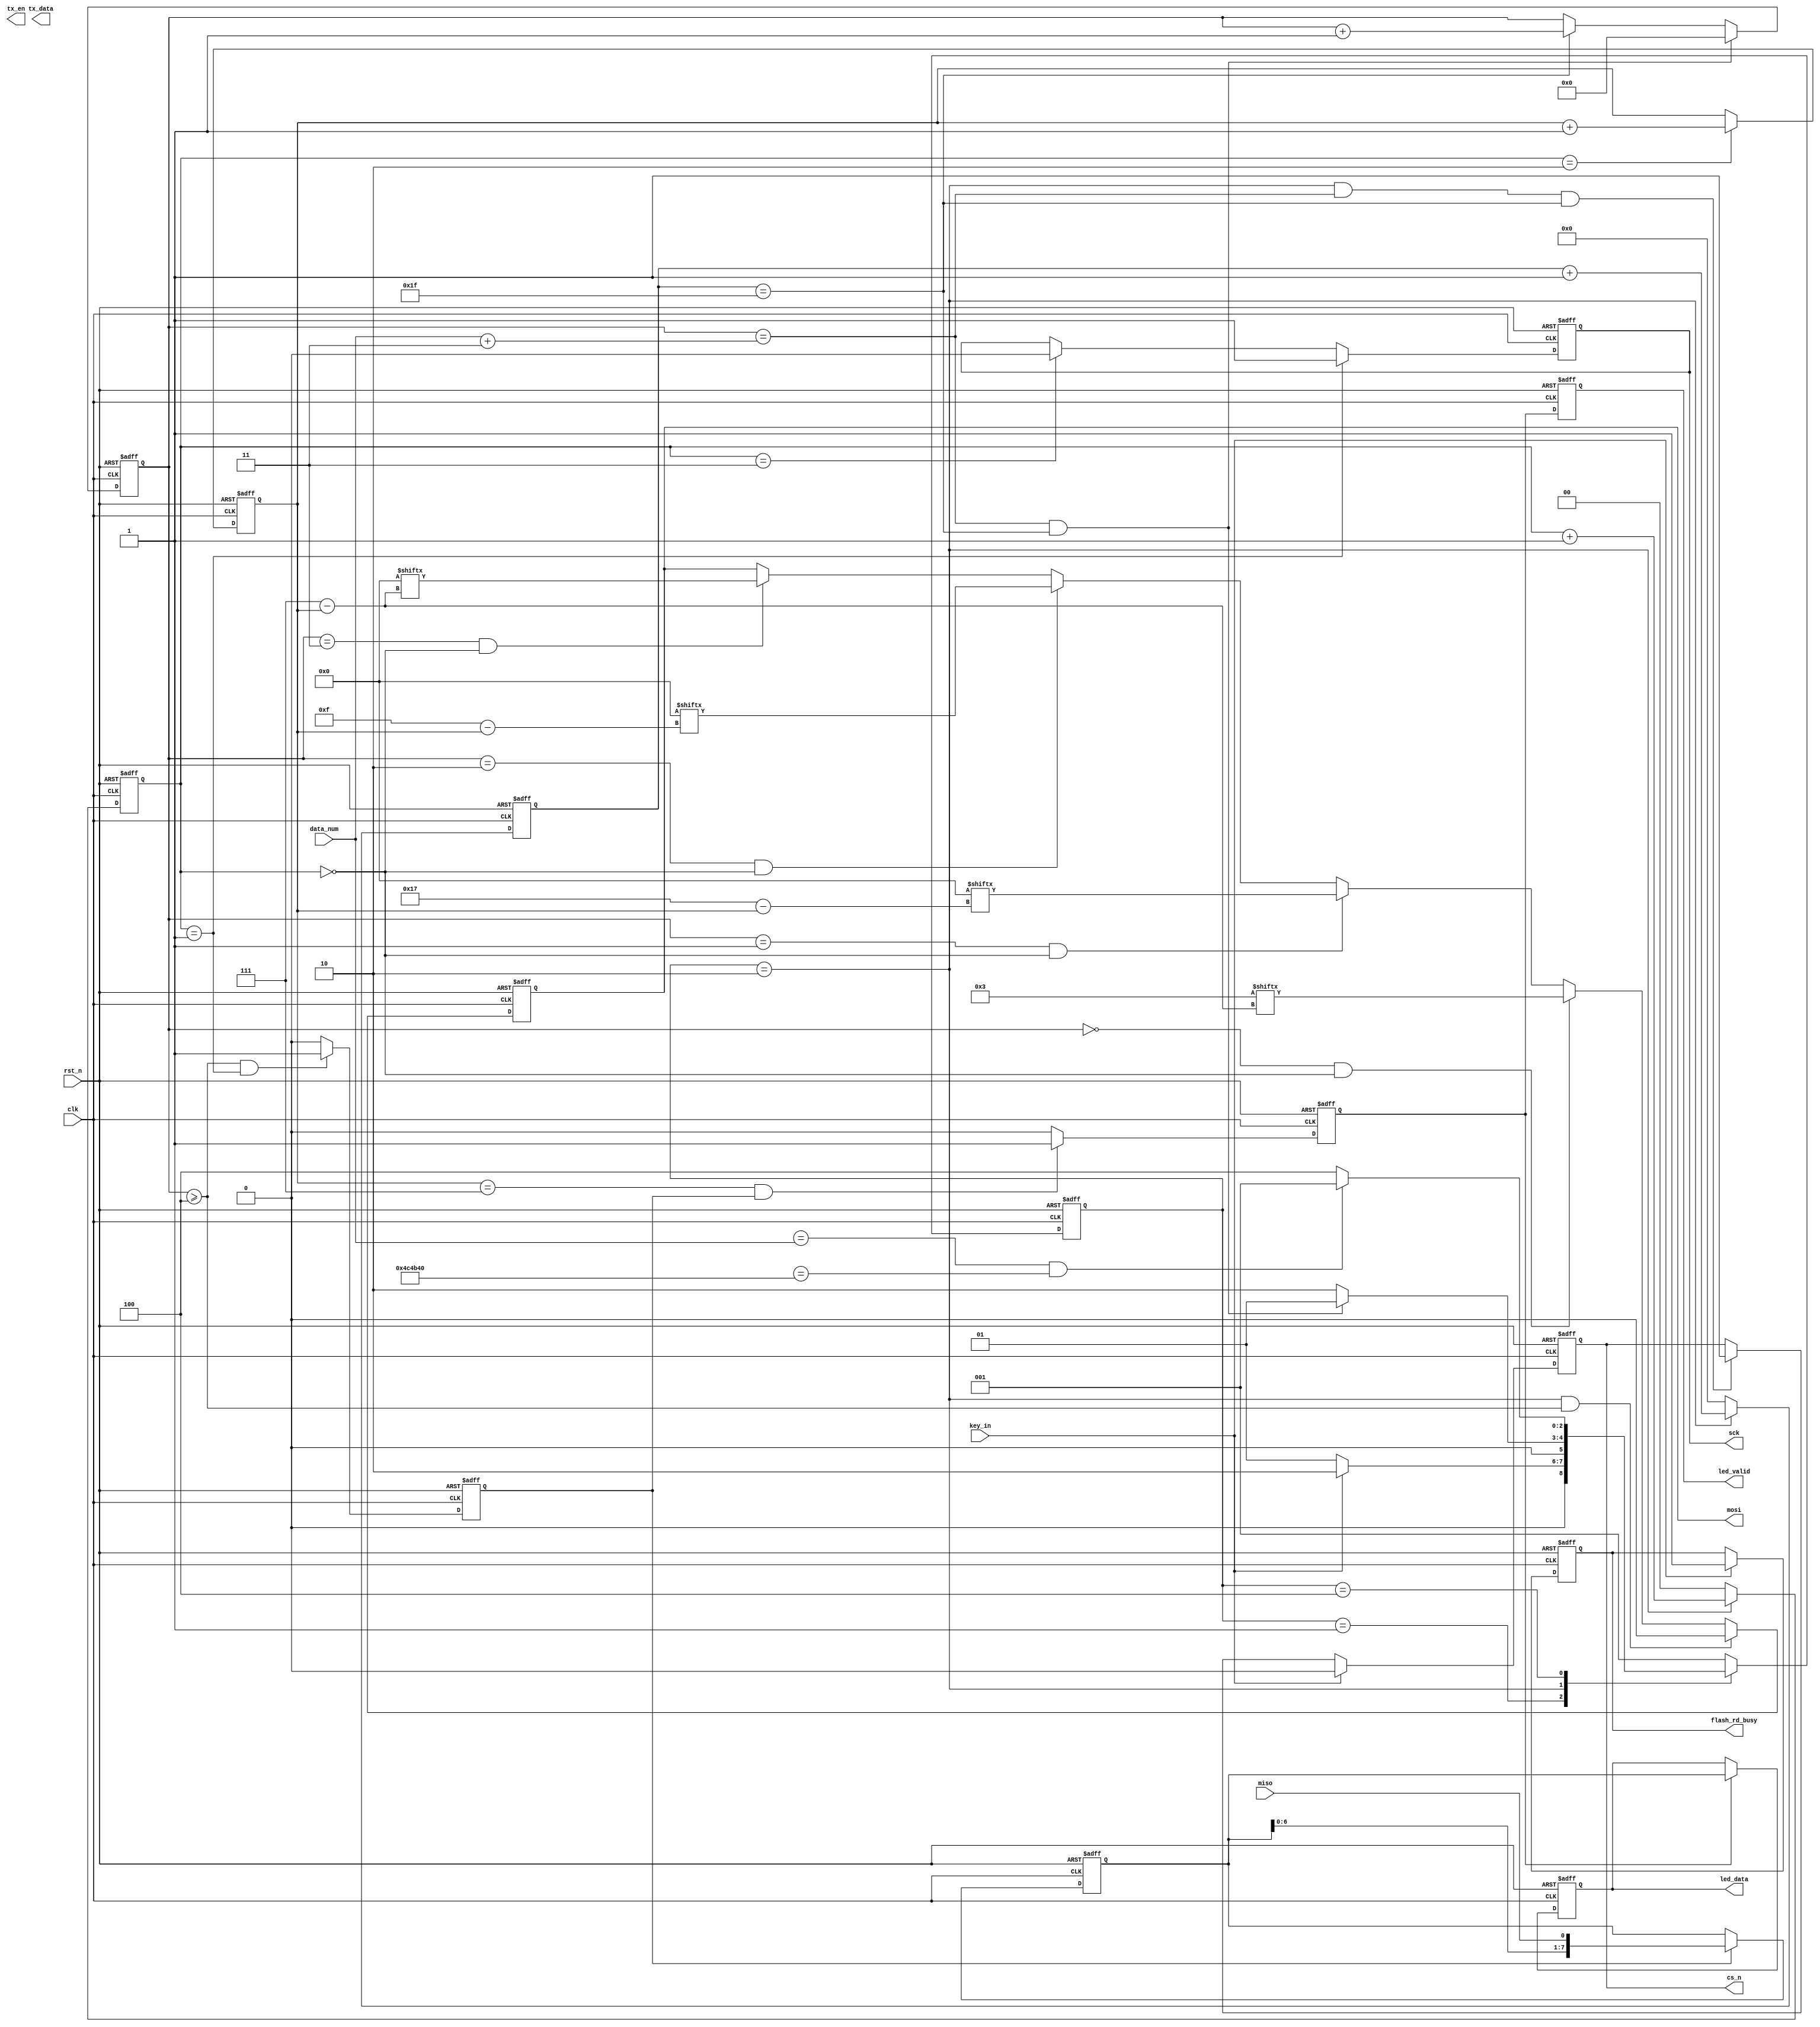

module flash_rd
#(
	parameter	WR_RD_ADDR	=	24'h00_00_00	//
)
(
	input				clk,
	input				rst_n,
	input				key_in,			//
	input				miso,			//Flash
	input		[31:0]	data_num,		//
	
	output reg			flash_rd_busy,	//flash
	output reg			cs_n,			//		
	output reg			sck,			//sck
	output reg			mosi,			//
	output reg			tx_en,			//
	output wire  [7:0] tx_data,
	output wire		led_valid,
	output wire		[7:0]	led_data//
);
localparam	IDLE	=	3'b001;			//
localparam	READ	=	3'b010;			//
localparam	SEND	=	3'b100;			//
 
localparam	READ_INST	=	8'h03;	    //
//96001bit52085208*10
localparam	WAIT_MAX_CNT=	32'd50_000_00;		
//localparam	WAIT_MAX_CNT=	32'd5000;		
 
wire	[31:0] fifo_data_num;		    //fifo
 
reg	[2:0]	curr_state;
reg	[2:0]	next_state;
reg	[4:0]	clk_cnt;			//
reg	[15:0]  byte_cnt;				//
reg	[1:0]	sck_cnt;			//sck
reg	[2:0]	bit_cnt;			//
 
reg			miso_flag;			//miso
reg	[7:0]	miso_r;				//miso
reg			wr_req_r;			//
reg			wr_req;				//
reg	[7:0]	wr_data;			//
reg			fifo_rd_valid;		//fifo
reg	[31:0]  wait_cnt;				//
reg			rd_req;				//
reg	[31:0]	rd_data_num;		//fifo
 
always @(posedge clk or negedge rst_n)
begin
	if(!rst_n)
		curr_state	<=	IDLE;
	else
		curr_state	<=	next_state;
end
 
always @(*)
begin
	next_state	=	IDLE;
	case(curr_state)
		IDLE:begin
			if(key_in)
				next_state	=	READ;
			else
				next_state	=	IDLE;
		end
		READ:begin
			if(byte_cnt == data_num + 2'd3 && clk_cnt == 5'd31)
				next_state	=	IDLE;
			else
				next_state	=	READ;
		end
		
		SEND:begin
			if(rd_data_num == data_num && wait_cnt == WAIT_MAX_CNT)
				next_state	=	IDLE;
			else
				next_state	=	SEND;	
		end
		
		default: next_state	=	IDLE;
	endcase
end
 
//clk_cnt:		
always @(posedge clk or negedge rst_n)
begin
	if(!rst_n)
		clk_cnt	<=	5'd0;
	else if(curr_state == READ)
		clk_cnt	<=	clk_cnt + 1'b1;
	else
		clk_cnt	<=	5'd0;
end
//byte_cnt:
always @(posedge clk or negedge rst_n)
begin
	if(!rst_n)
		byte_cnt	<=	16'd0;
	else if(byte_cnt == data_num + 2'd3 && clk_cnt == 5'd31)
		byte_cnt	<=	16'd0;
	else if(clk_cnt == 5'd31)
		byte_cnt	<=	byte_cnt + 1'b1;
	else
		byte_cnt	<=	byte_cnt;
end
//sck_cnt:sck
always @(posedge clk or negedge rst_n)
begin
	if(!rst_n)
		sck_cnt	<=	2'd0;
	else if(curr_state == READ)
		sck_cnt	<=	sck_cnt + 1'b1;
	else
		sck_cnt	<=	2'd0;
end
 
//bit_cnt:
always @(posedge clk or negedge rst_n)
begin
	if(!rst_n)
		bit_cnt	<=	3'd0;
	else if(sck_cnt == 2'd2)
		bit_cnt	<=	bit_cnt + 1'b1;
	else
		bit_cnt	<=	bit_cnt;
end
//cs_n:
always @(posedge clk or negedge rst_n)
begin
	if(!rst_n)
		cs_n	<=	1'b1;
	else if(key_in)
		cs_n	<=	1'b0;
	else if(curr_state == READ && byte_cnt == data_num + 2'd3 && clk_cnt == 5'd31)
		cs_n	<=	1'b1;
	else
		cs_n	<=	cs_n;
end
 
//sck:sck
always @(posedge clk or negedge rst_n)
begin
	if(!rst_n)
		sck	<=	1'b0;
	else if(sck_cnt == 2'd1)
		sck	<=	1'b1;
	else if(sck_cnt == 2'd3)
		sck	<=	1'b0;
	else
		sck	<=	sck;
end
//mosi:
always @(posedge clk or negedge rst_n)
begin
	if(!rst_n)
		mosi	<=	1'b0;
	else if(curr_state == READ && byte_cnt >= 16'd4)
		mosi	<=	1'b0;
	else if(byte_cnt == 16'd0 && sck_cnt == 2'd0)
		mosi	<=	READ_INST[7 - bit_cnt];
	else if(byte_cnt == 16'd1 && sck_cnt == 2'd0)
		mosi	<=	WR_RD_ADDR[23 - bit_cnt];
	else if(byte_cnt == 16'd2 && sck_cnt == 2'd0)
		mosi	<=	WR_RD_ADDR[15 - bit_cnt];
	else if(byte_cnt == 16'd3 && sck_cnt == 2'd0)
		mosi	<=	WR_RD_ADDR[7 - bit_cnt];
	else
		mosi	<=	mosi;
end
 
//miso_flag:miso
always @(posedge clk or negedge rst_n)
begin
	if(!rst_n)
		miso_flag	<=	1'b0;
	else if(byte_cnt >= 16'd4 && sck_cnt == 2'd1)
		miso_flag	<=	1'b1;
	else
		miso_flag	<=	1'b0;
end
//miso_r:miso
always @(posedge clk or negedge rst_n)
begin
	if(!rst_n)
		miso_r	<=	8'd0;
	else if(miso_flag == 1'b1)
		miso_r	<=	{miso_r[6:0],miso};
	else
		miso_r	<=	miso_r;
end

//wr_req_r:
always @(posedge clk or negedge rst_n)
begin
	if(!rst_n)
		wr_req_r	<=	1'b0;
	else if(bit_cnt == 3'd7 && miso_flag == 1'b1)
		wr_req_r	<=	1'b1;
	else 
		wr_req_r	<=	1'b0;
end
 
//wr_req:wr_req_r
always @(posedge clk or negedge rst_n)
begin
	if(!rst_n)
		wr_req	<=	1'b0;
	else 
		wr_req	<=	wr_req_r;
end
//wr_data:
always @(posedge clk or negedge rst_n)
begin
	if(!rst_n)
		wr_data	<=	8'd0;
	else if(wr_req_r == 1'b1)
		wr_data	<=	miso_r;
	else
		wr_data	<=	wr_data;
end

assign led_data = wr_data;
assign led_valid = wr_req; 
//fifo_rd_valid:fifo
//always @(posedge clk or negedge rst_n)
//begin
//	if(!rst_n)
//		fifo_rd_valid	<=	1'b0;
//	else if(curr_state == SEND && rd_data_num == data_num && wait_cnt == WAIT_MAX_CNT)
//		fifo_rd_valid	<=	1'b0;
//	else if(curr_state == SEND && fifo_data_num <= data_num)
//		fifo_rd_valid	<=	1'b1;
//	else
//		fifo_rd_valid	<=	fifo_rd_valid;
//end
// 
////wait_cnt:
//always @(posedge clk or negedge rst_n)
//begin
//	if(!rst_n)
//		wait_cnt	<=	32'd0;
//	else if(fifo_rd_valid == 1'b0)
//		wait_cnt	<=	32'd0;
//	else if(wait_cnt == WAIT_MAX_CNT)
//		wait_cnt	<=	32'd0;
//	else if(fifo_rd_valid == 1'b1)
//		wait_cnt	<=	wait_cnt + 1'b1;
//	else
//		wait_cnt	<=	32'd0;
//end
////rd_req_r:fifo
//always @(posedge clk or negedge rst_n)
//begin
//	if(!rst_n)
//		rd_req	<=	1'b0;
//	//else if(rd_data_num < data_num && wait_cnt == WAIT_MAX_CNT)
//	else if(wait_cnt == WAIT_MAX_CNT)
//		rd_req	<=	1'b1;
//	else
//		rd_req	<=	1'b0;
//end
// 
// 
////rd_data_num:fifo
//always @(posedge clk or negedge rst_n)
//begin
//	if(!rst_n)
//		rd_data_num	<=	32'd0;
//	else if(fifo_rd_valid == 1'b0)
//		rd_data_num	<=	32'd0;
//	else if(rd_req	== 1'b1)
//		rd_data_num	<=	rd_data_num + 1'b1;
//	else
//		rd_data_num	<=	rd_data_num;
//end
////tx_en:uart
//always @(posedge clk or negedge rst_n)
//begin
//	if(!rst_n)
//		tx_en	<=	1'b0;
//	else
//		tx_en	<=	rd_req;
//end
// 
////flash_rd_busy:flash
//
always @(posedge clk or negedge rst_n)
begin
	if(!rst_n)
		flash_rd_busy	<=	1'b0;
	else if(key_in == 1'b1)
		flash_rd_busy	<=	1'b1;
	else
		flash_rd_busy	<=	flash_rd_busy;
end
//wire [7:0] tx_data;
//FIFO	u_fifo(
//	.clk (clk ),			//
//	.rstn (rst_n) ,
//	.data_i  (wr_data ),	    //8bit
//	.rdreq_i (rd_req),		//
//	.wrreq_i (wr_req ),		//
//	.q_o 	 (tx_data )		//8bit
//);
endmodule